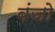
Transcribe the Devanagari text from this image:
बंजो